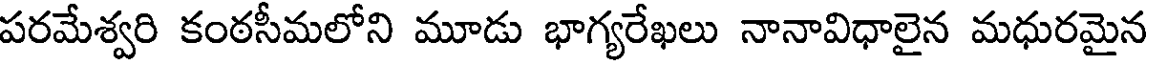
పరమేశ్వరి కంఠసీమలోని మూడు భాగ్యరేఖలు నానావిధాలైన మధురమైన